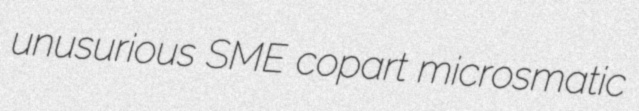
unusurious SME copart microsmatic